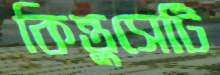
কিন্তুসেটি